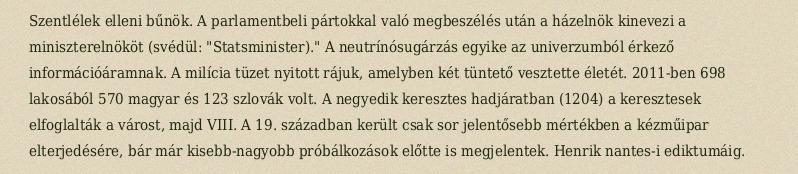
Szentlélek elleni bűnök. A parlamentbeli pártokkal való megbeszélés után a házelnök kinevezi a miniszterelnököt (svédül: "Statsminister)." A neutrínósugárzás egyike az univerzumból érkező információáramnak. A milícia tüzet nyitott rájuk, amelyben két tüntető vesztette életét. 2011-ben 698 lakosából 570 magyar és 123 szlovák volt. A negyedik keresztes hadjáratban (1204) a keresztesek elfoglalták a várost, majd VIII. A 19. században került csak sor jelentősebb mértékben a kézműipar elterjedésére, bár már kisebb-nagyobb próbálkozások előtte is megjelentek. Henrik nantes-i ediktumáig.